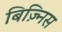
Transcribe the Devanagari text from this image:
बिज़्निस